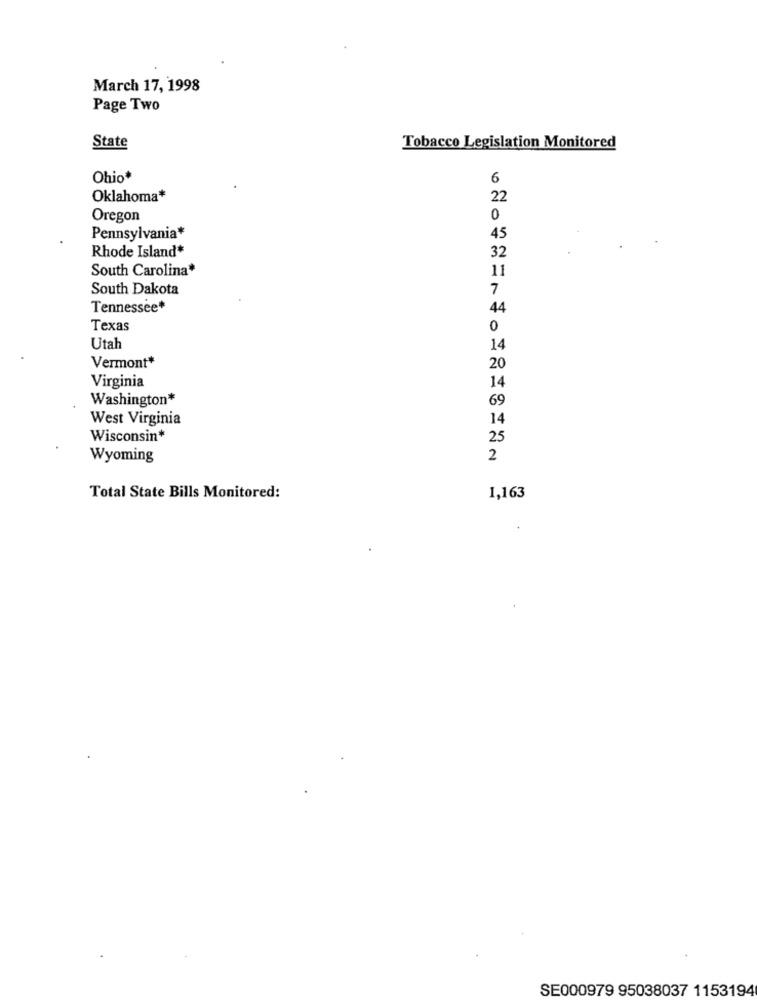
March 17, 1998
Page Two
State
Tobacco Legislation Monitored
Ohio*
6
Oklahoma*
22
Oregon
0
Pennsylvania*
45
Rhode Island*
32
South Carolina*
11
South Dakota
7
Tennessee*
44
Texas
0
Utah
14
Vermont*
20
Virginia
14
Washington*
69
West Virginia
14
Wisconsin*
25
Wyoming
2
Total State Bills Monitored:
1,163
SE000979 95038037 1153194